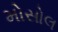
મોસોલ